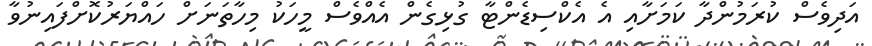
އަދިވެސް ކުރަމުންދާ ކަމަށާއި އެ އެކްސިޑެންޓާ ގުޅިގެން އެއްވެސް މީހަކު މިހާތަނަށް ހައްޔަރުކޮށްފައިނުވާ